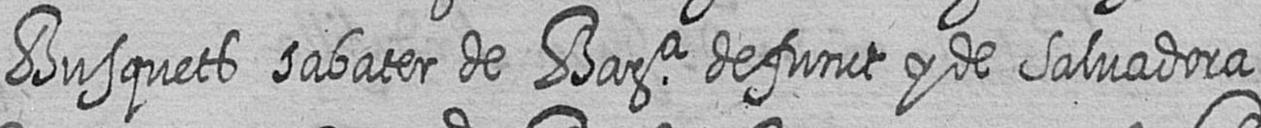
Busquets sabater de Bara defunct y de Salvadora